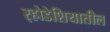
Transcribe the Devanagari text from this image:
र्‍होडेशियातील